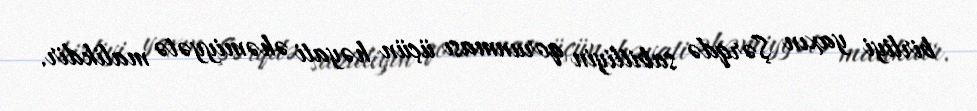
birliyi yaxın Şərqdə sabitliyin qorunması üçün həyati əhəmiyyətə malikdir.